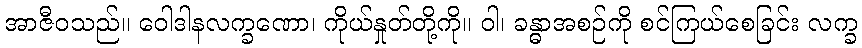
အာဇီဝသည်။ ဝေါဒါနလက္ခဏော၊ ကိုယ်နှုတ်တို့ကို။ ဝါ၊ ခန္ဓာအစဉ်ကို စင်ကြယ်စေခြင်း လက္ခ